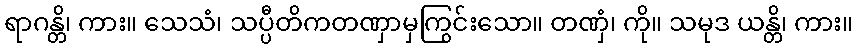
ရာဂန္တိ၊ ကား။ သေသံ၊ သပ္ပီတိကတဏှာမှကြွင်းသော။ တဏှံ၊ ကို။ သမုဒ ယန္တိ၊ ကား။